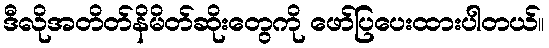
ဒီလိုအတိတ်နိမိတ်ဆိုးတွေကို ဖော်ပြပေးထားပါတယ်။